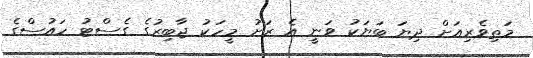
މަތިވެރިއަށް ދިޔަ ބަޔަކު ވަނީ އެ ރަށު މީހަކު ޖާބިރުގެ ގެސްޓު ހައުސްގެ